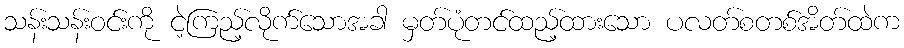
သန်းသန်းဝင်းကို ငဲ့ကြည့်လိုက်သောအခါ မှတ်ပုံတင်ထည့်ထားသော ပလတ်စတစ်အိတ်ထဲက